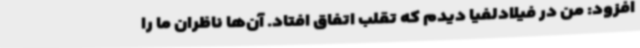
افزود: من در فیلادلفیا دیدم که تقلب اتفاق افتاد. آن‌ها ناظران ما را